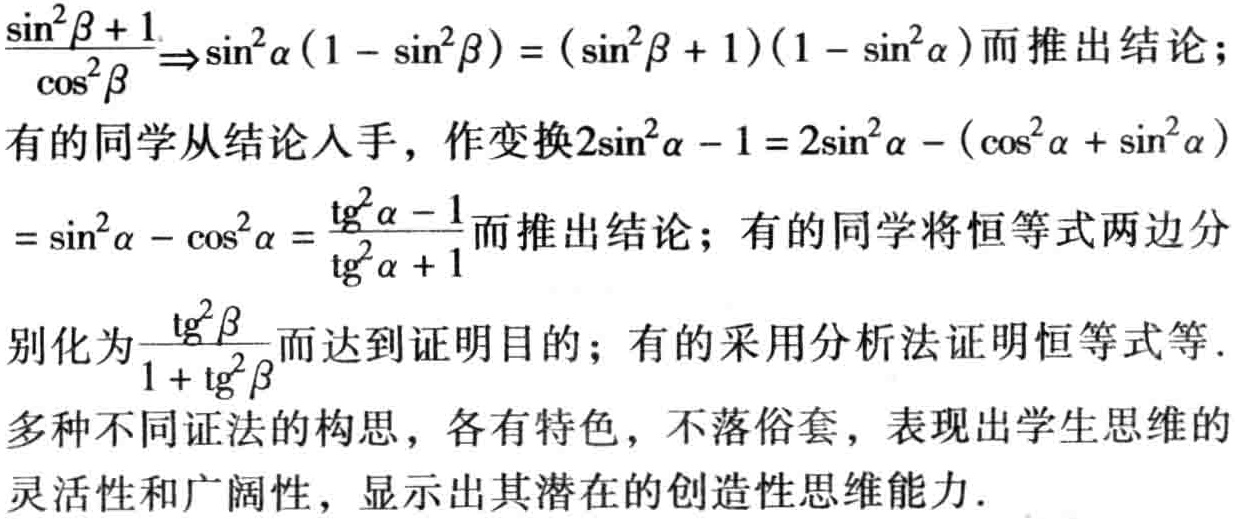
\(\frac{\sin^{2}\beta + 1}{\cos^{2}\beta}\Rightarrow\sin^{2}\alpha(1 - \sin^{2}\beta)=(\sin^{2}\beta + 1)(1 - \sin^{2}\alpha)\)而推出结论；

有的同学从结论入手，作变换\(2\sin^{2}\alpha - 1 = 2\sin^{2}\alpha - (\cos^{2}\alpha+\sin^{2}\alpha)\)

\(=\sin^{2}\alpha - \cos^{2}\alpha=\frac{\mathrm{tg}^{2}\alpha - 1}{\mathrm{tg}^{2}\alpha + 1}\)而推出结论；有的同学将恒等式两边分

别化为\(\frac{\mathrm{tg}^{2}\beta}{1 + \mathrm{tg}^{2}\beta}\)而达到证明目的；有的采用分析法证明恒等式等.

多种不同证法的构思，各有特色，不落俗套，表现出学生思维的

灵活性和广阔性，显示出其潜在的创造性思维能力.